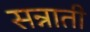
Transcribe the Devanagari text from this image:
सन्नाती